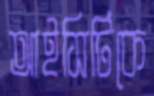
আইসিটিকে